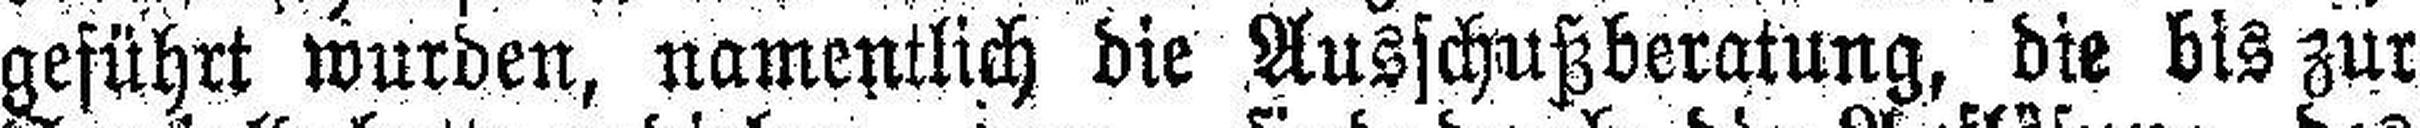
geführt wurden, namentlich die Ausschußberatung, die bis zur